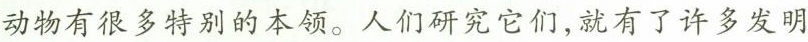
动物有很多特别的本领。人们研究它们，就有了许多发明